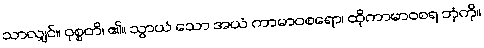
သာလျှင်။ ဝုစ္စတိ၊ ၏။ သွာယံ သော အယံ ကာမာဝစရော၊ ထိုကာမာဝစရ ဘုံကို။